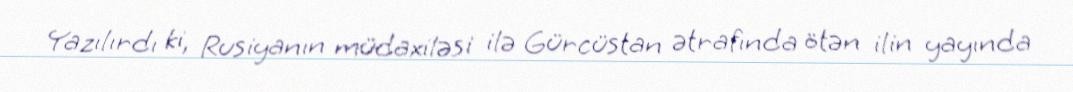
Yazılırdı ki, Rusiyanın müdaxiləsi ilə Gürcüstan ətrafında ötən ilin yayında